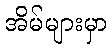
အိမ်များမှာ